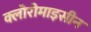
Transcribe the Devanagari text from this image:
क्लोरोमाइसीन